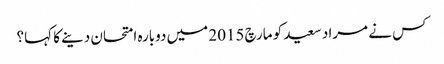
کس نے مراد سعید کو مارچ 2015 میں دوبارہ امتحان دینے کا کہا؟